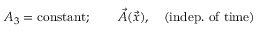
A _ { 3 } = \mathrm { c o n s t a n t } ; \qquad \vec { A } ( \vec { x } ) , \quad \mathrm { ( i n d e p . ~ o f ~ t i m e ) }